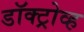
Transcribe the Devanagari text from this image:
डॉक्ट्रोव्ह